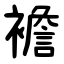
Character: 襜